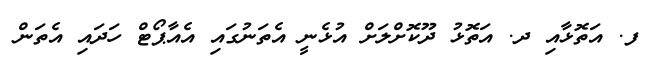
ފ. އަތޮޅާއި ދ. އަތޮޅު ދޫކޮށްލަށް އުޅެނީ އެތަނުގައި އެއާޕޯޓް ހަދައި އެތަން